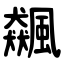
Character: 飆